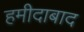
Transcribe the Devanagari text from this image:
हमीदाबाद